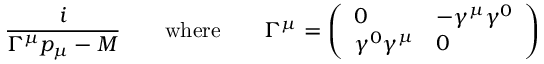
\frac { i } { \Gamma ^ { \mu } p _ { \mu } - M } \qquad \mathrm { w h e r e } \qquad \Gamma ^ { \mu } = \left( \begin{array} { l l } { { 0 } } & { { - \gamma ^ { \mu } \gamma ^ { 0 } } } \\ { { \gamma ^ { 0 } \gamma ^ { \mu } } } & { { 0 } } \end{array} \right)